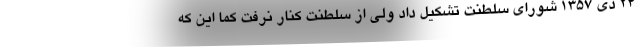
24 دی 1357 شورای سلطنت تشکیل داد ولی از سلطنت کنار نرفت کما این که